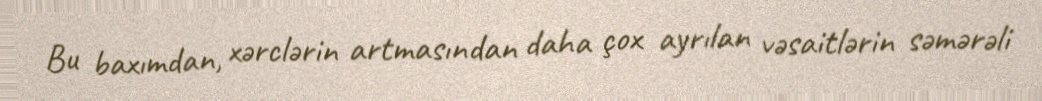
Bu baxımdan, xərclərin artmasından daha çox ayrılan vəsaitlərin səmərəli